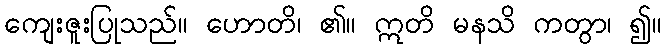
ကျေးဇူးပြုသည်။ ဟောတိ၊ ၏။ ဣတိ မနသိ ကတွာ၊ ၍။